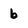
Character: 6